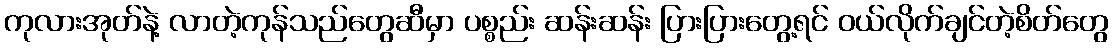
ကုလားအုတ်နဲ့ လာတဲ့ကုန်သည်တွေဆီမှာ ပစ္စည်း ဆန်းဆန်း ပြားပြားတွေ့ရင် ဝယ်လိုက်ချင်တဲ့စိတ်တွေ